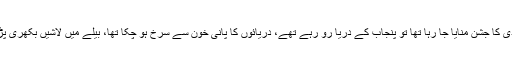
جب آزادی کا جشن منایا جا رہا تھا تو پنجاب کے دریا رو رہے تھے، دریائوں کا پانی خون سے سرخ ہو چکا تھا، بیلے میں لاشیں بکھری پڑی تھیں۔